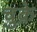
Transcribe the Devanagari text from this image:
चुक़े